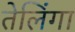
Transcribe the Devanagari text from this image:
तेलिंगा